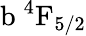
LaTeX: \mathrm{b\ ^{4}F_{5/2}}